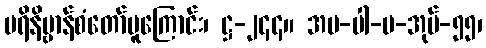
ပရိနိဗ္ဗာန်စံတော်မူကြောင်း၊ ဋ္ဌ-၂၄၄။ အပ-ပါ-ပ-အုပ်-၅၅၊